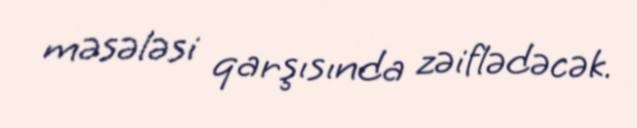
məsələsi qarşısında zəiflədəcək.